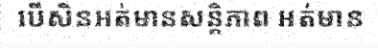
បើសិនអត់មានសន្តិភាព អត់មាន